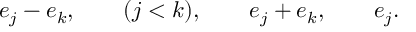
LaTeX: e _ { j } - e _ { k } , \qquad ( j < k ) , \qquad e _ { j } + e _ { k } , \qquad e _ { j } .